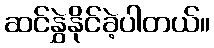
ဆင်နွှဲနိုင်ခဲ့ပါတယ်။